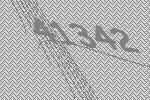
41342